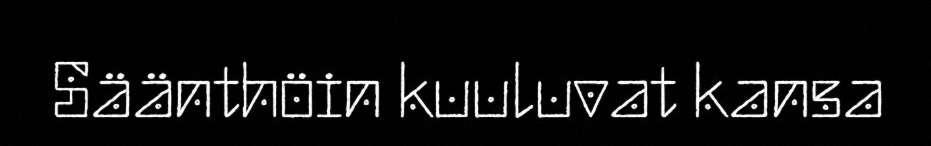
Säänthöin kuuluvat kansa